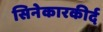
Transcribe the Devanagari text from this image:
सिनेकारकीर्द